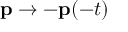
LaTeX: \mathbf { p } \rightarrow - \mathbf { p } ( - t )